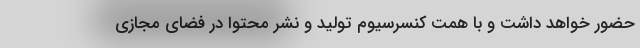
حضور خواهد داشت و با همت کنسرسیوم تولید و نشر محتوا در فضای مجازی